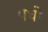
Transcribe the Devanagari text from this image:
पधो